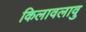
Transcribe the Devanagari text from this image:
किलावलावु